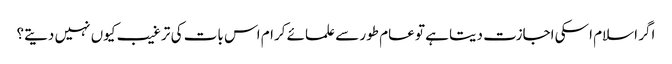
اگر اسلام اسکی اجازت دیتا ہے تو عام طور سے علمائے کرام اس بات کی ترغیب کیوں نہیں دیتے؟